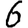
Digit: 6